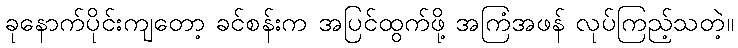
ခုနောက်ပိုင်းကျတော့ ခင်စန်းက အပြင်ထွက်ဖို့ အကြံအဖန် လုပ်ကြည့်သတဲ့။